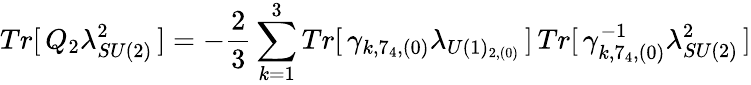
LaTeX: Tr[\, Q_{2}\lambda_{SU(2)}^{2}\, ]=-\frac{2}{3}\sum_{k=1}^{3}Tr[\, \gamma_{k,7_{4},(0)}\lambda_{U(1)_{2,(0)}}\, ]\, Tr[\, \gamma_{k,7_{4},(0)}^{-1}\lambda_{SU(2)}^{2}\, ]